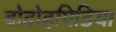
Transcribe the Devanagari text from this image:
बोदोहपिडिया